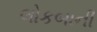
લોકબાની